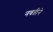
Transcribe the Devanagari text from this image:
नवतीने